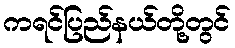
ကရင်ပြည်နယ်တို့တွင်